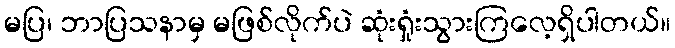
မပြ၊ ဘာပြသနာမှ မဖြစ်လိုက်ပဲ ဆုံးရှုံးသွားကြလေ့ရှိပါတယ်။